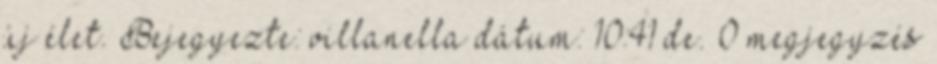
új élet. Bejegyezte: villanella dátum: 10:41 de. 0 megjegyzés